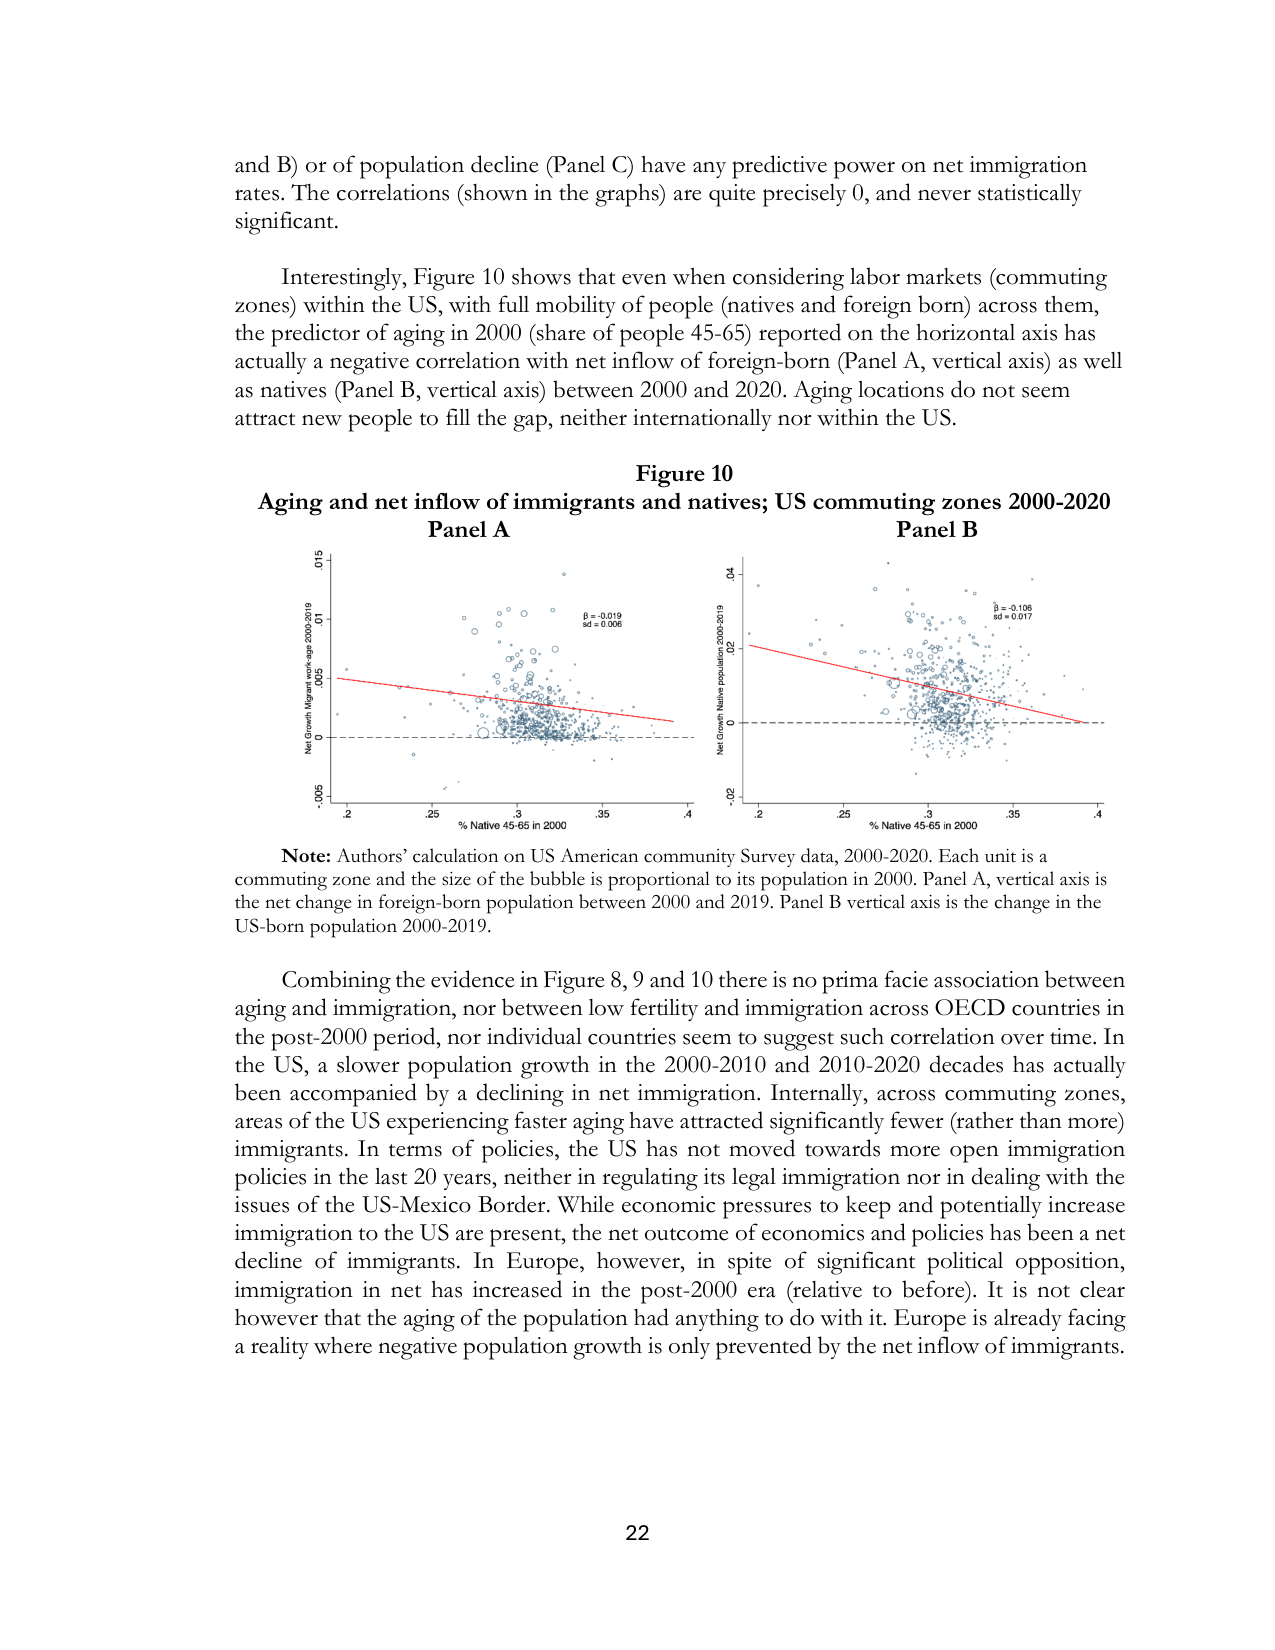
and B) or of population decline (Panel C) have any predictive power on net immigration rates. The correlations (shown in the graphs) are quite precisely 0, and never statistically significant.

Interestingly, Figure 10 shows that even when considering labor markets (commuting zones) within the US, with full mobility of people (natives and foreign born) across them, the predictor of aging in 2000 (share of people 45-65) reported on the horizontal axis has actually a negative correlation with net inflow of foreign-born (Panel A, vertical axis) as well as natives (Panel B, vertical axis) between 2000 and 2020. Aging locations do not seem attract new people to fill the gap, neither internationally nor within the US.

Figure 10
Aging and net inflow of immigrants and natives; US commuting zones 2000-2020
Panel A
Panel B

β = -0.019
sd = 0.006

β = -0.108
sd = 0.017

Net Growth Migrant pop 2000-2019
Net Growth Native pop 2000-2019

% Native 45-65 in 2000
% Native 45-65 in 2000

Note: Authors’ calculation on US American community Survey data, 2000-2020. Each unit is a commuting zone and the size of the bubble is proportional to its population in 2000. Panel A, vertical axis is the net change in foreign-born population between 2000 and 2019. Panel B vertical axis is the change in the US-born population 2000-2019.

Combining the evidence in Figure 8, 9 and 10 there is no prima facie association between aging and immigration, nor between low fertility and immigration across OECD countries in the post-2000 period, nor individual countries seem to suggest such correlation over time. In the US, a slower population growth in the 2000-2010 and 2010-2020 decades has actually been accompanied by a declining in net immigration. Internally, across commuting zones, areas of the US experiencing faster aging have attracted significantly fewer (rather than more) immigrants. In terms of policies, the US has not moved towards more open immigration policies in the last 20 years, neither in regulating its legal immigration nor in dealing with the issues of the US-Mexico Border. While economic pressures to keep and potentially increase immigration to the US are present, the net outcome of economics and policies has been a net decline of immigrants. In Europe, however, in spite of significant political opposition, immigration in net has increased in the post-2000 era (relative to before). It is not clear however that the aging of the population had anything to do with it. Europe is already facing a reality where negative population growth is only prevented by the net inflow of immigrants.

22